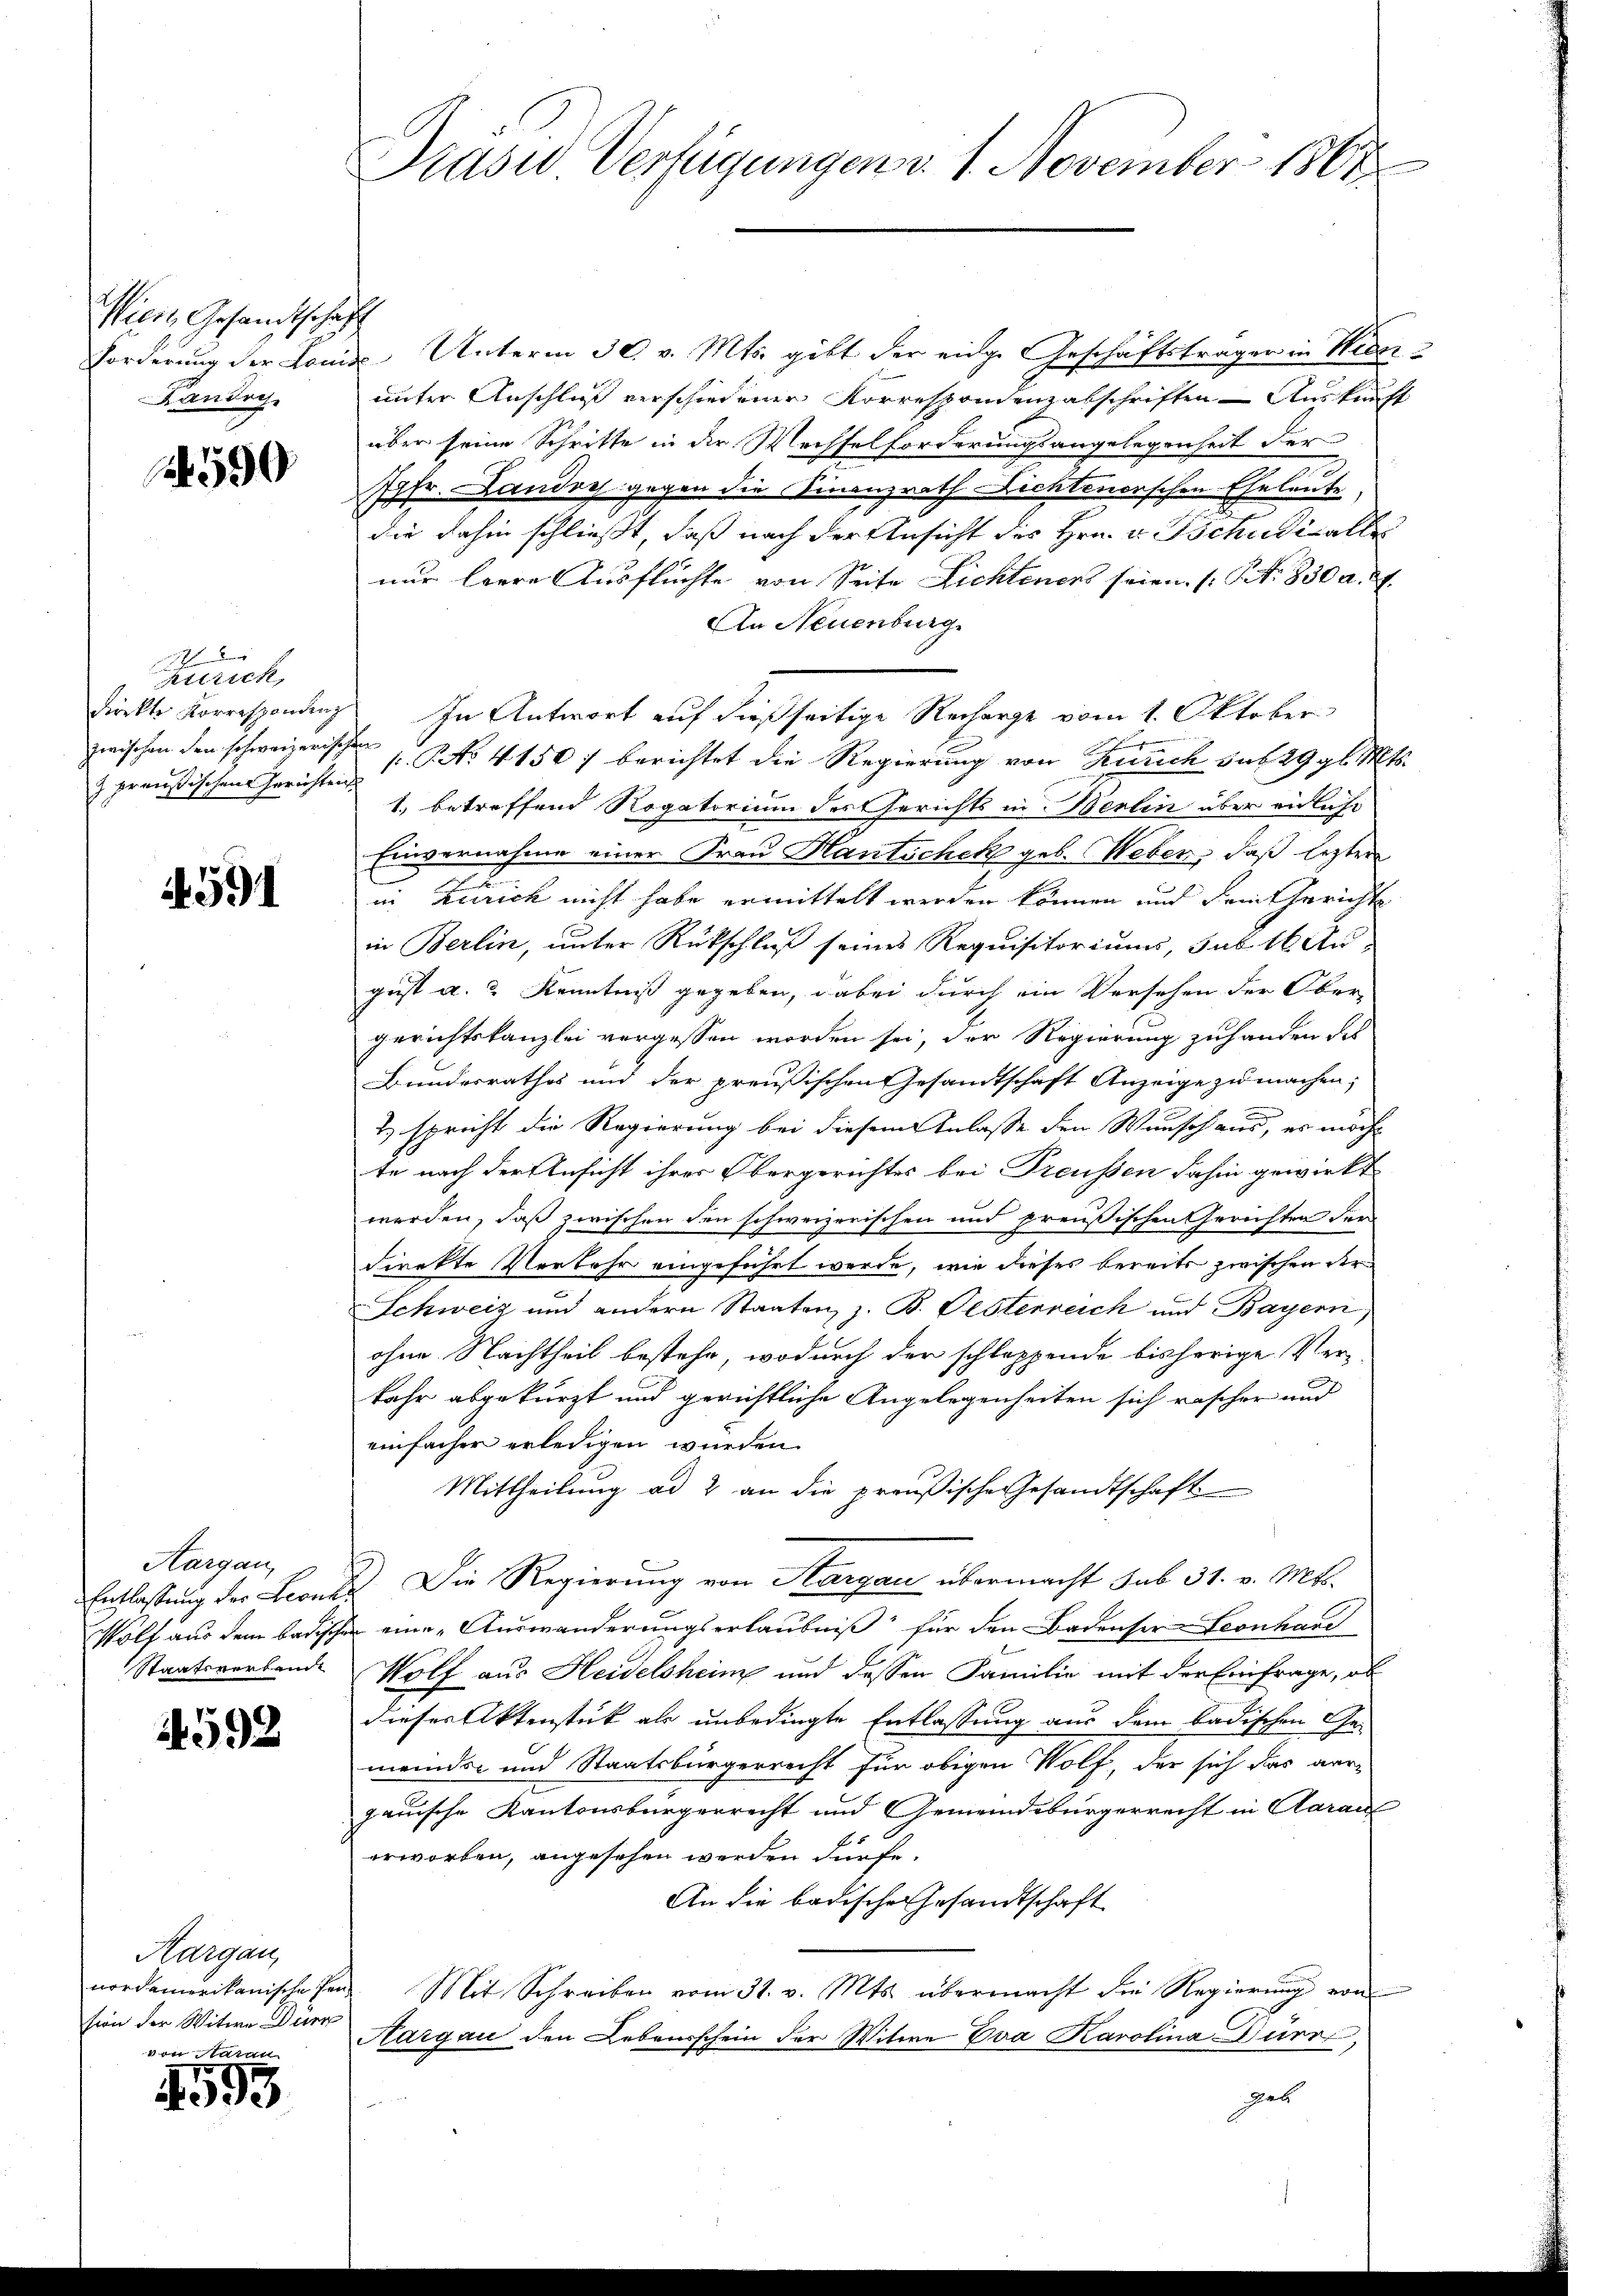
Vierz, Gesandtschaft
Landoch

590

7
Zürich,
 preußischen Gerichten

591

Aargau,

592

Aargau,
nordamerikanische Pension der Witwe Dürr
von darau

4593

Präsid Verfügungen d. 1. November 1801.

Forderung der Louise Unterm 30. v. Mts. gibt der eige Geschäftsträger in Widerunter Anschluß verschiedener Korrespondenzabschriften Auskunft
über seine Schritte in der Wechselforderungsangelegenheit der
Ihr. Landoch gegen die Finanzrath Dichtenerschen Eheleute
die dahin schließt, daß nach der Ansicht des Hrn. v. Tschudi alle
nur leere Ausflüchte von Seite Lichteners seien. (Art. 830 a. a.
An Neuenburg.
firekte Korrespondings In Antwort auf dießseitige Recharge vom 1. Oktober

zwischen den schweizerischen No 4150 f berichtet die Regierung von Zürich daf 29 gl. Mts.
1. betreffend Rogatorium des Gerichts in Berlin über eidliche
Einvernahme einer Frau Hantschek geb. Weber, daß lezter
in Zürich nicht habe ermittelt werden können und dem Gerichte
in Berlin, unter Rückschluß seines Requisitoriums, sub 16 Au-
geist a. 2 Kenntniß gegeben, dabei durch ein Versehen der Ober-
gerichtskanzlei vergessen worden sei, der Regierung zu handen des
Bundesrathes und der preußischen Gesandtschaft Anzeige zu machen;
& spricht die Regierung bei diesem Anlasse den Wunsch aus, es möchte nach der Ansicht ihrer Obergerichtes bei Preussen dahin gewirkt
werden, daß zwischen den schweizerischen und preußischen Gerichten der
direkte Verkehr eingeführt werde, wie dieses bereits zwischen der
Schweiz und andern Staaten, z. B. Gesterreich und Bayern
ohne Nachtheil bestehe, wodurch der schlappende bisherige Ver-
kahr abgekürzt und gerichtliche Angelegenheiten sich rascher und
einfacher erledigen wurden.
Mittheilung ad 2 an die preußische Gesandtschaft
Entlassung der Leonts Die Regierung von Aargau übermacht sub 31. v. Mts.
Wolf aus dem badischen eine Auswanderungserlaubniß für den Badenser-Seonhand
Staatsvorbende Wolf aus Heidelsheim und dessen Familie mit der Einfrage, ob
dieses Aktenstück als unbedingte Entlassung aus dem badischen Gemeinds- und Staatsbürgerrecht für obigen Wolf, der sich das ver-
gauische Kantonsbürgerrecht und Gemeindebürgerrecht in Aarau
erworben, angesehen werden dürfe.
An die badische Gesandtschaft
Mit Schreiben vom 31. v. Mts. übermacht die Regierŭng von
Aargau den Lebensschein der Witwe Eva Karolina Dürr,
gab